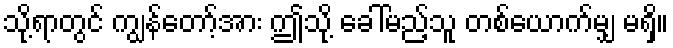
သို့ရာတွင် ကျွန်တော့်အား ဤသို့ ခေါ်မည့်သူ တစ်ယောက်မျှ မရှိ။